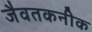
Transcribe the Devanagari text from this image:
जैवतकनीक